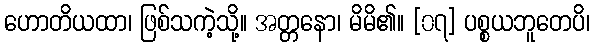
ဟောတိယထာ၊ ဖြစ်သကဲ့သို့။ အတ္တနော၊ မိမိ၏။ [၀၇] ပစ္စယဘူတေပိ၊